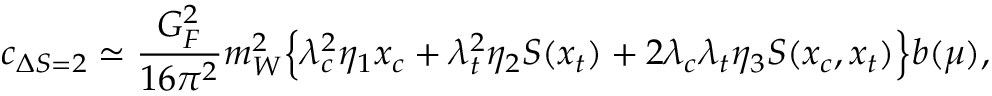
c _ { \Delta S = 2 } \simeq { \frac { G _ { F } ^ { 2 } } { 1 6 \pi ^ { 2 } } } m _ { W } ^ { 2 } \Bigl \{ \lambda _ { c } ^ { 2 } \eta _ { 1 } x _ { c } + \lambda _ { t } ^ { 2 } \eta _ { 2 } S ( x _ { t } ) + 2 \lambda _ { c } \lambda _ { t } \eta _ { 3 } S ( x _ { c } , x _ { t } ) \Bigr \} b ( \mu ) ,